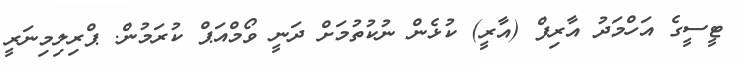
ޓީސީގެ އަހްމަދު އާރިފް (އާރީ) ކުޅެން ނުކުތުމަށް ދަނީ ވޯމްއަޕް ކުރަމުން. ޕްރިލިމިނަރީ